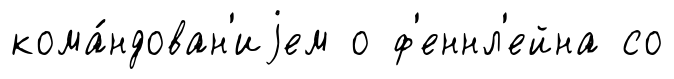
кома́ндован'иjем о ф'еннл'ейна со